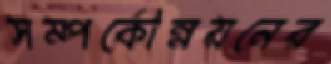
সম্পর্কোন্নয়নের